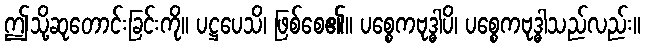
ဤသို့ဆုတောင်းခြင်းကို။ ပဋ္ဌပေသိ၊ ဖြစ်စေ၏။ ပစ္စေကဗုဒ္ဓါပိ၊ ပစ္စေကဗုဒ္ဓါသည်လည်း။